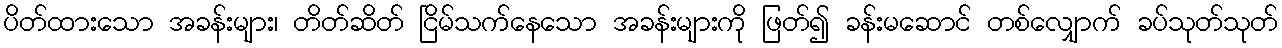
ပိတ်ထားသော အခန်းများ၊ တိတ်ဆိတ် ငြိမ်သက်နေသော အခန်းများကို ဖြတ်၍ ခန်းမဆောင် တစ်လျှောက် ခပ်သုတ်သုတ်